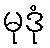
မုဒုံ